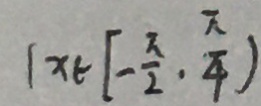
( x \in [ - \frac { \pi } { 2 } , \frac { \pi } { 4 } )